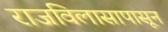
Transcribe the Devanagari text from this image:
राजविलासापासून